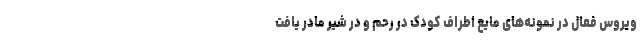
ویروس فعال در نمونه‌های مایع اطراف کودک در رحم و در شیر مادر یافت